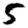
Digit: 5